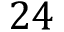
2 4